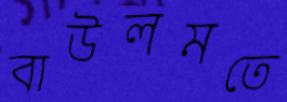
বাউলমতে